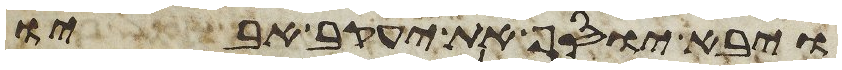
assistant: ויבא יוסף את יעקב אביו